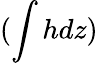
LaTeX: (\int hdz)